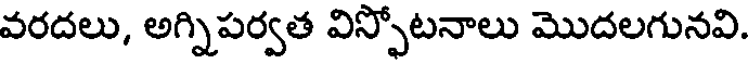
వరదలు, అగ్నిపర్వత విస్ఫోటనాలు మొదలగునవి.